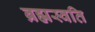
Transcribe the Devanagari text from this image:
ब्रह्मस्वति